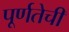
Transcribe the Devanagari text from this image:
पूर्णतेची